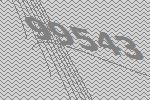
99543